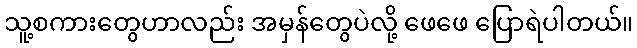
သူ့စကားတွေဟာလည်း အမှန်တွေပဲလို့ ဖေဖေ ပြောရဲပါတယ်။